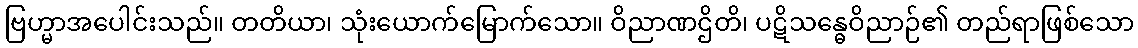
ဗြဟ္မာအပေါင်းသည်။ တတိယာ၊ သုံးယောက်မြောက်သော။ ဝိညာဏဌိတိ၊ ပဋိသန္ဓေဝိညာဉ်၏ တည်ရာဖြစ်သော